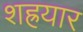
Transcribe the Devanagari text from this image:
शह्रयार